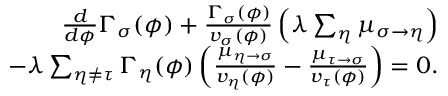
\begin{array} { r } { \frac { d } { d \phi } \Gamma _ { \sigma } ( \phi ) + \frac { \Gamma _ { \sigma } ( \phi ) } { v _ { \sigma } ( \phi ) } \left( \lambda \sum _ { \eta } \mu _ { \sigma \to \eta } \right) } \\ { - \lambda \sum _ { \eta \neq \tau } \Gamma _ { \eta } ( \phi ) \left( \frac { \mu _ { \eta \to \sigma } } { v _ { \eta } ( \phi ) } - \frac { \mu _ { \tau \to \sigma } } { v _ { \tau } ( \phi ) } \right) = 0 . } \end{array}